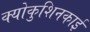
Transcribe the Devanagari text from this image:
क्योकुशिनकाई